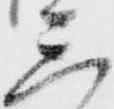
三